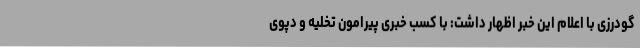
گودرزی با اعلام این خبر اظهار داشت: با کسب خبری پیرامون تخلیه و دپوی